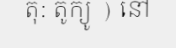
តុ: តូក្យូ ) នៅ